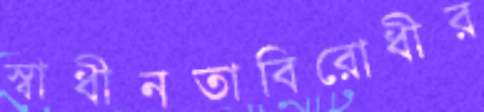
স্বাধীনতাবিরোধীর